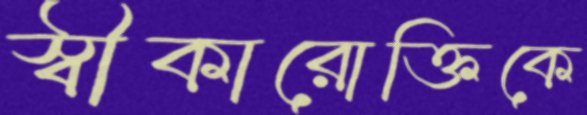
স্বীকারোক্তিকে